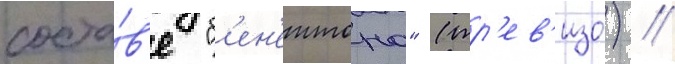
соста́в'е "б'ен'еттона" (тр'ев'изо) //